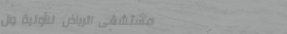
مستشفى الرياض للأولية وال